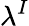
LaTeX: \lambda^{I}